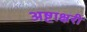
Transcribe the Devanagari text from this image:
अष्टाक्षरी